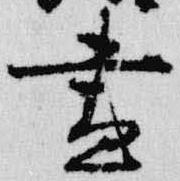
昼